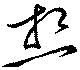
想